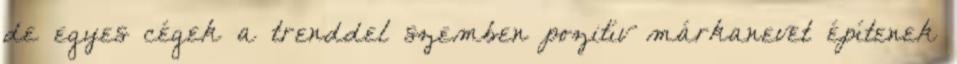
de egyes cégek a trenddel szemben pozitív márkanevet építenek